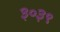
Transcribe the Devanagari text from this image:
३०३९